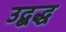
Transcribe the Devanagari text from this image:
उद्बद्ध